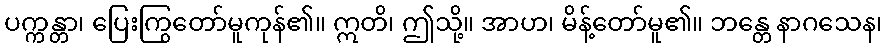
ပက္ကန္တာ၊ ပြေးကြွတော်မူကုန်၏။ ဣတိ၊ ဤသို့။ အာဟ၊ မိန့်တော်မူ၏။ ဘန္တေ နာဂသေန၊